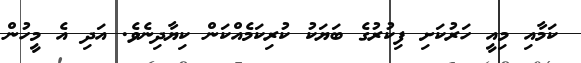
ކަމާއި މިއީ ހަރުކަށި ފިކުރުގެ ބަޔަކު ކުރިކަމެއްކަން ކިޔާދިނެވެ. އަދި އެ މީހުން